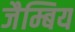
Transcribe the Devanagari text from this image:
जैम्बिय